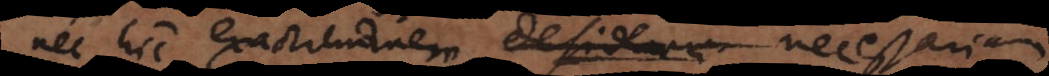
nec hic exactitudinem necessariam